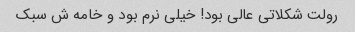
رولت شکلاتی عالی بود! خیلی نرم بود و خامه ش سبک